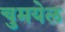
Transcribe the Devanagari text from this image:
चुमयेल